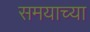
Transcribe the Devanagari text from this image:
समयाच्या